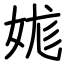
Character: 娏